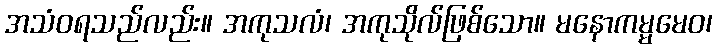
အသံဝရသည်လည်း။ အကုသလံ၊ အကုသိုလ်ဖြစ်သော။ မနောကမ္မမေဝ၊